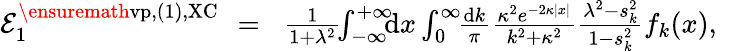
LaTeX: \begin{array}{rlr}{{\cal E}_{1}^{\ensuremath{\mathrm{vp}},(1),\mathrm{XC}}\! \! }&{=}&{\! \frac{1}{1+\lambda^{2}}\! \! \int_{-\infty}^{+\infty}\! \! \! \mathrm{d}x\int_{0}^{\infty}\! \! \frac{\mathrm dk}{\pi}\frac{\kappa^{2}e^{-2\kappa|x|}}{k^{2}+\kappa^{2}}\frac{\lambda^{2}-s_{k}^{2}}{1-s_{k}^{2}}f_{k}(x),\; \; \; \; }\end{array}